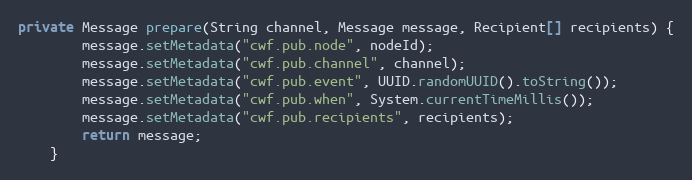
Language: Java
private Message prepare(String channel, Message message, Recipient[] recipients) {
        message.setMetadata("cwf.pub.node", nodeId);
        message.setMetadata("cwf.pub.channel", channel);
        message.setMetadata("cwf.pub.event", UUID.randomUUID().toString());
        message.setMetadata("cwf.pub.when", System.currentTimeMillis());
        message.setMetadata("cwf.pub.recipients", recipients);
        return message;
    }